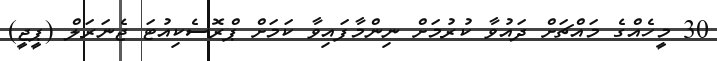
30 މީހެއްގެ މައްޗަށް ދައުވާ ކުރުމަށް ނިންމާފައިވާ ކަމަށް ޕްރޮސެކިއުޓަ ޖެނަރަލް (ޕީޖީ)